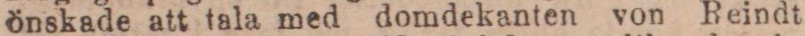
önskade att tala med domdekanten von Reindt